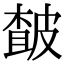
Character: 皶